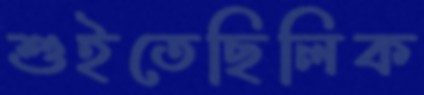
শুইতেছিলিক